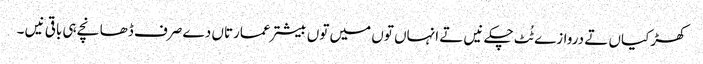
کھڑکیاں تے دروازے ٹُٹ چکے نیں تے انہاں تو‏ں میں تو‏ں بیشتر عمارتاں دے صرف ڈھانچے ہی باقی نیں ۔